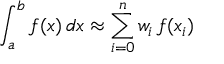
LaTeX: \int _ { a } ^ { b } f ( x ) \, d x \approx \sum _ { i = 0 } ^ { n } w _ { i } \, f ( x _ { i } )